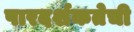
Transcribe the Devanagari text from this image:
पारदर्शकतेची